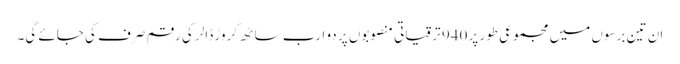
ان تین برسوں میں مجموعی طور پر 940 ترقیاتی منصوبوں پر دو ارب ساٹھ کروڑ ڈالر کی رقم صرف کی جائے گی۔